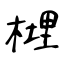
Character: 榸